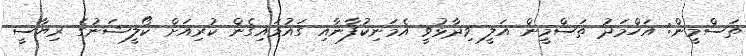
ތަސްމީން: އަހްމަދު ތަސްމީން އަލީ ވިދާޅުވީ އެމަނިކުފާނާއި ގައުމައިގެން ކުރިއަށް ކޯލީޝަނުގެ ރިޔާސީ